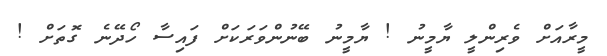
މީރާއަށް ވެރިންލީ ޔާމީނު ! ޔާމީނު ބޭނުންވަރަކަށް ފައިސާ ހޯދޭނެ ގޮތަށް !